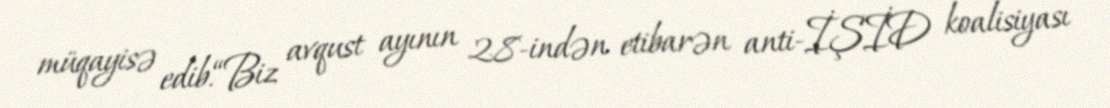
müqayisə edib.“Biz avqust ayının 28-indən etibarən anti-İŞİD koalisiyası